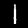
Label: 1